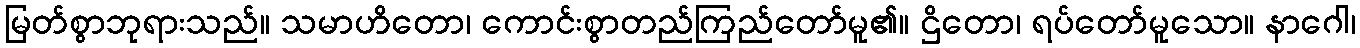
မြတ်စွာဘုရားသည်။ သမာဟိတော၊ ကောင်းစွာတည်ကြည်တော်မူ၏။ ဌိတော၊ ရပ်တော်မူသော။ နာဂေါ၊